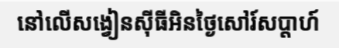
នៅលើសង្វៀនស៊ីធីអិនថ្ងៃសៅរ៍សប្តាហ៍